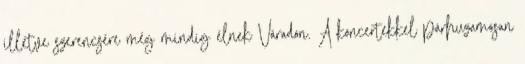
illetve szerencsére még mindig élnek Váradon. A koncertekkel párhuzamosan